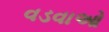
વડવાઓ